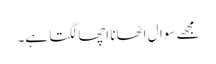
مجھے سوال اٹھانا اچھا لگتا ہے۔